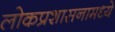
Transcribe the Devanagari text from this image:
लोकप्रशासनामध्ये